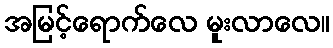
အမြင့်ရောက်လေ မူးလာလေ။